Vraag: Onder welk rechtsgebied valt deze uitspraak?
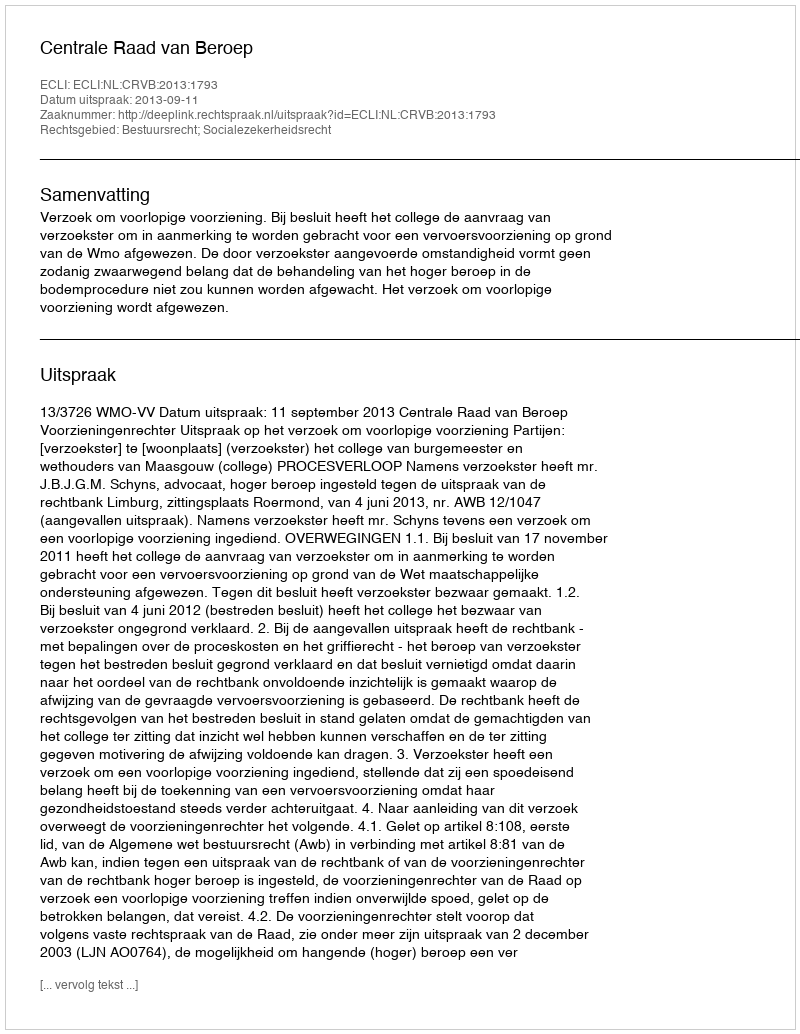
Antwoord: Bestuursrecht; Socialezekerheidsrecht